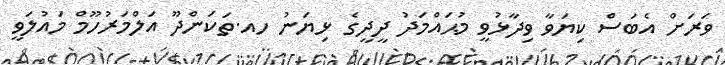
ވަރަށް އެބަސް ކިޔަވާ ވިދާޅުވީ މުޙައްމަދު ދީދީގެ ޅިޔަނު ހއ.ތަކަންދޫ އަލްމަރުހޫމް މައުލަވީ